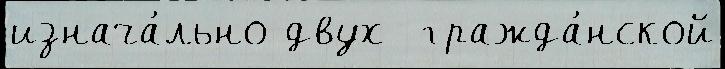
изнача́льно двух  гражда́нской